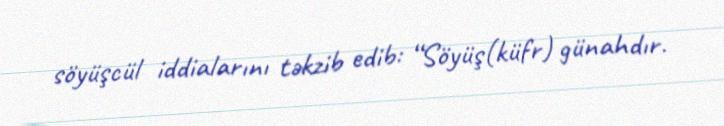
söyüşcül iddialarını təkzib edib: “Söyüş(küfr) günahdır.